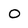
Character: 0